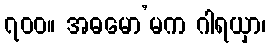
၇၀၀။ အဓမော’မက ဂါရယှာ၊